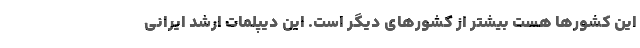
این کشورها هست بیشتر از کشورهای دیگر است. این دیپلمات ارشد ایرانی